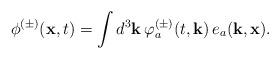
LaTeX: \begin{align*}\phi^{(\pm)}({\bf x}, t) = \int d^3 {\bf k} \,\varphi_a^{(\pm)}(t, {\bf k})\,e_a({\bf k},{\bf x}).\end{align*}